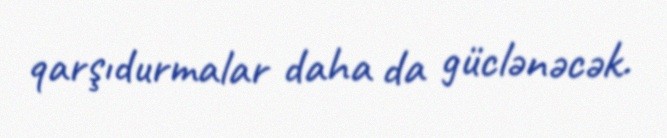
qarşıdurmalar daha da güclənəcək.